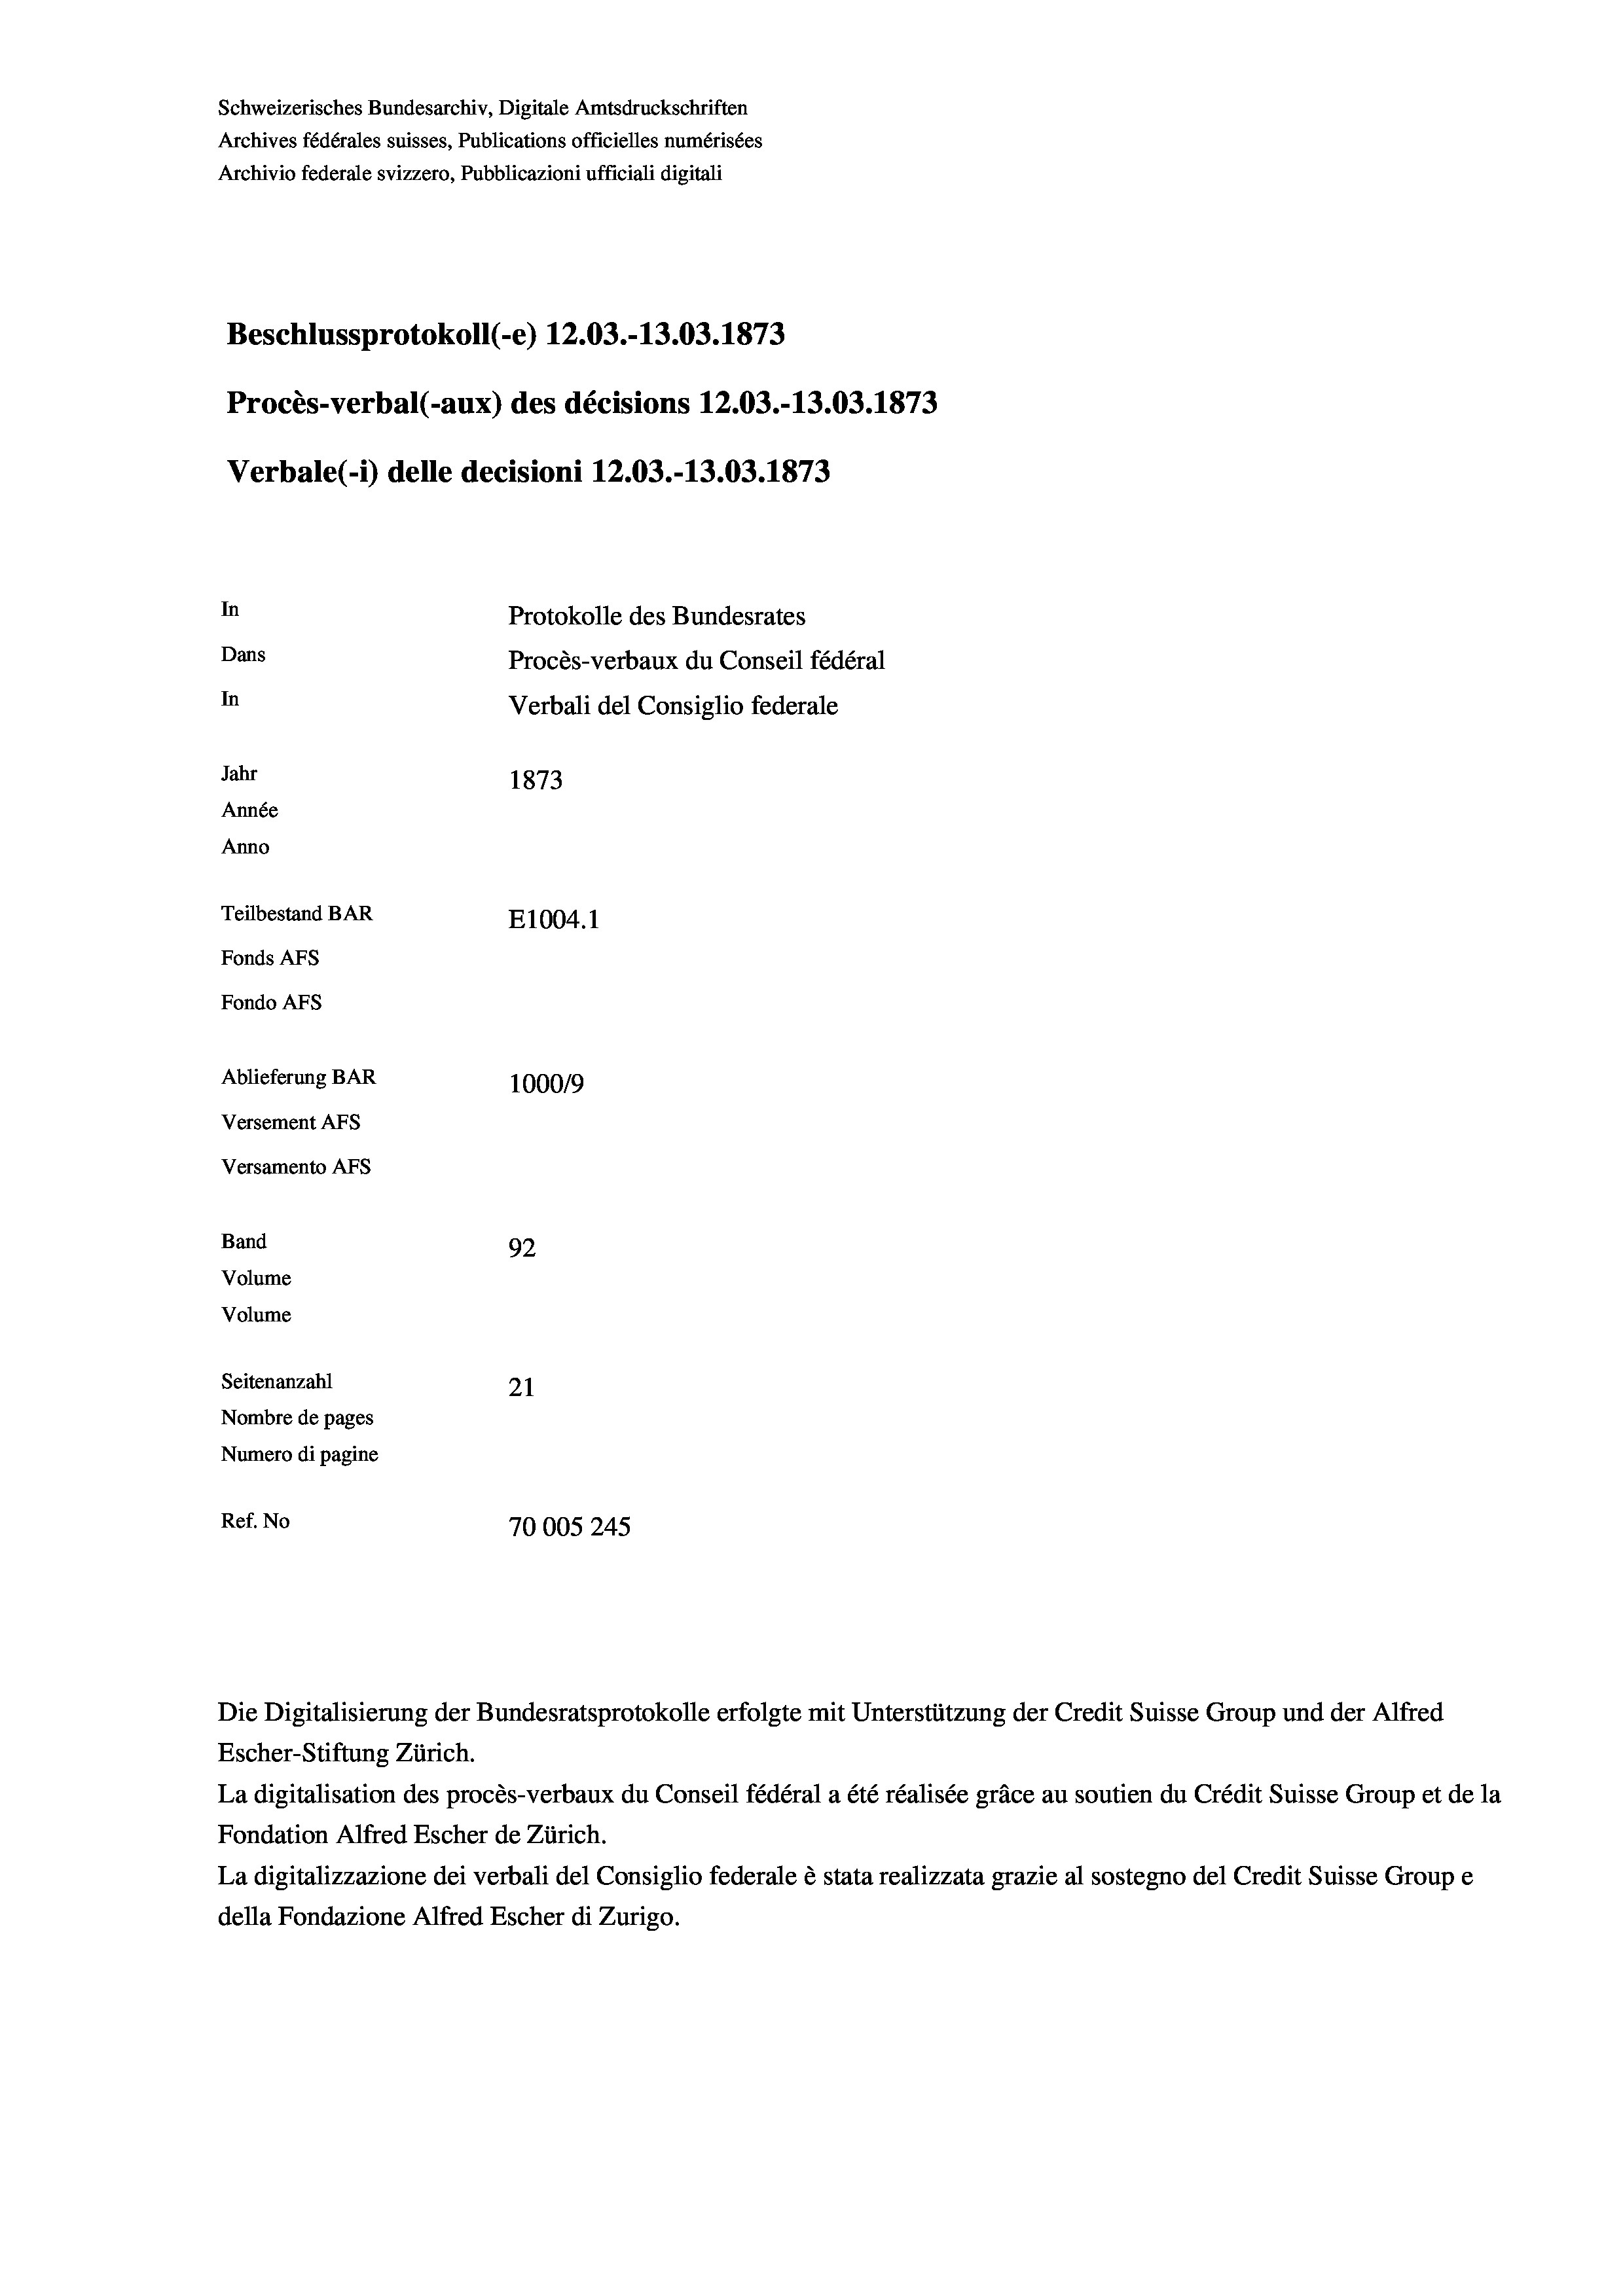
Schweizerisches Bundesarchiv, Digitale Amtsdruckschriften
Archives fédérales suisses, Publications officielles numérisées
Archivio federale svizzero, Pubblicazioni ufficiali digitali
Beschlussprotokoll (-e) 12.03.-13.03. 1873
Procès-verbal (-aux) des décisions 12.03.-13.03. 1873
Verbale(*) delle decisioni 12.03.-13.03. 1873
In
Protokolle des Bundesrates
Dans
Procès-verbaux du Conseil fédéral
In
Verbali del Consiglio federale
Jahr
1873
Année
Anno
Teilbestand BAR
E1004. 1
Fonds AFs
Fondo AFs
Ablieferung BAR
100019
Versement AFs
Versamento AFs
Band
92
Volume
Volume
Seitenanzahl
21
Nombre de pages
Numero di pagine
Ref. No
70005245

Escher-Stiftung Zürich.
La digitalisation des procès-verbaux du Conseil fédéral a été réalisée gräce au soutien du Crédit Suisse Group et de la
Fondation Alfred Escher de Zürich.
La digitalizzazione dei verbali del Consiglio federale è stata realizzata grazie al sostegno del Credit Suisse Groupe
della Fondazione Alfred Escher di Zurigo.

Die Digitalisierung der Bundesratsprotokolle erfolgte mit Unterstützung der Credit Suisse Group und der Alfred